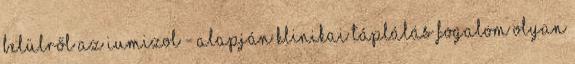
belülről az Iumizol - Alapján klinikai táplálás fogalom olyan